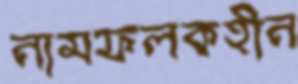
নামফলকহীন